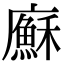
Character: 㢝